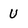
Character: U